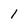
Character: 1